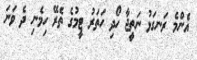
އެންމެ ރަނގަޅު ނަތީޖާ ހޯދި ހަތަރު ޓީމުގެ ތެރޭ ހިމެނި ދެ ވަނަ